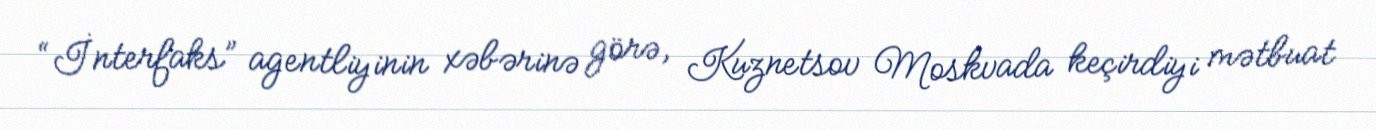
“İnterfaks” agentliyinin xəbərinə görə, Kuznetsov Moskvada keçirdiyi mətbuat